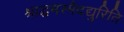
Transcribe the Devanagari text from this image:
श्राद्धमस्मैदद्युरिति